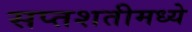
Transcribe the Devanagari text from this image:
सप्तशतीमध्ये